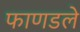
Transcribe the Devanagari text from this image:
फाणडले